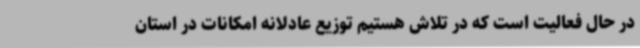
در حال فعالیت است که در تلاش هستیم توزیع عادلانه امکانات در استان